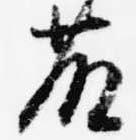
藤